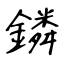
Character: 鏻